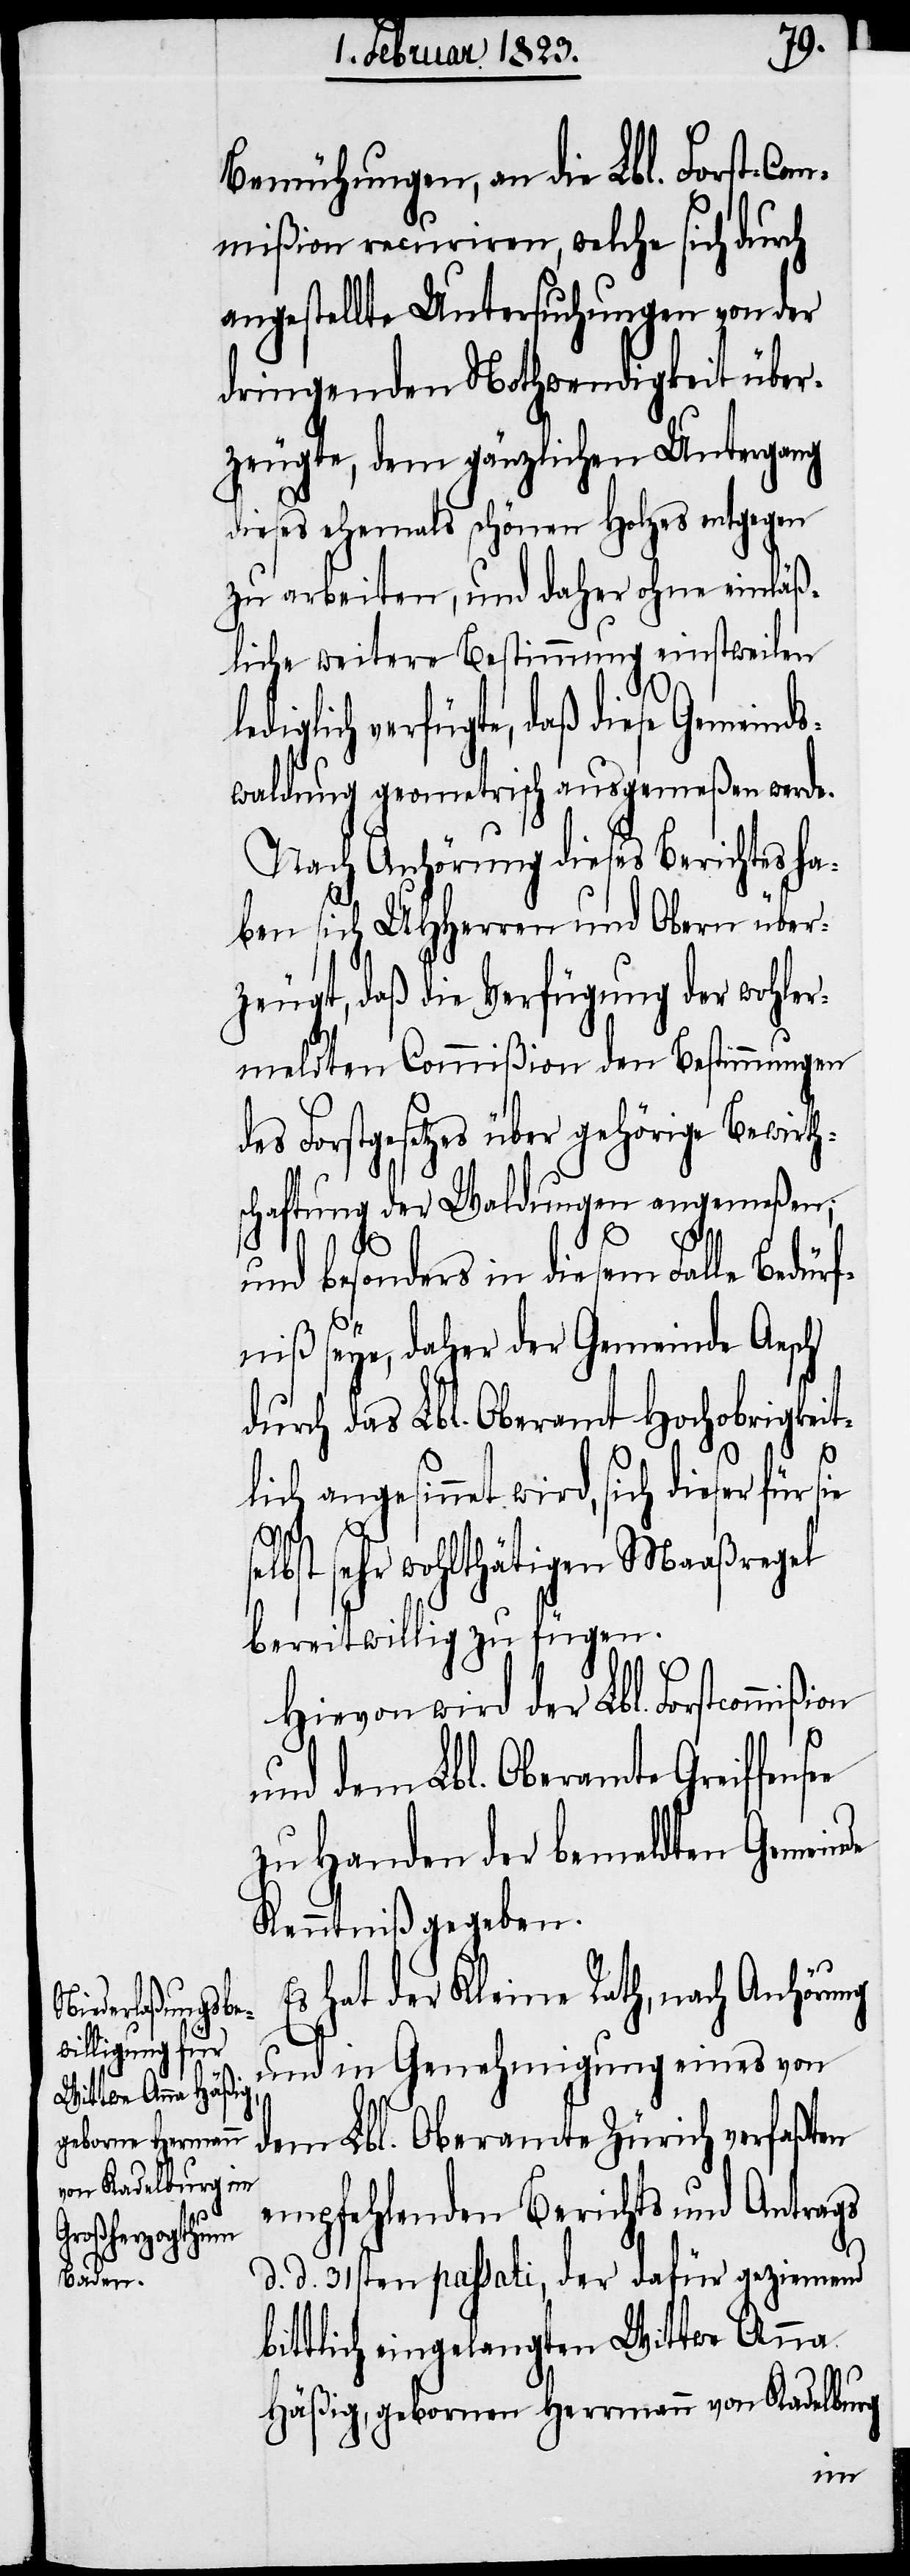
gebornen Herrmann
von Kadelburg

Bemühungen, an die Lbl. Forst-Com¬
mißion recuriren, welche sich durch
angestellte Untersuchungen von der
dringenden Nothwendigkeit über¬
zeugte, dem gänzlichen Untergang
dieses ehemals schönen Holzes entgegen
zu arbeiten, und daher ohne einläß¬
liche weitere Bestimmung einstweilen
diglich verfügte, daß diese Gemein¬
waldung geometrisch ausgemeßen werde.
Nach Anhörung dieses Berichtes ha¬
ben sich UHHerren und Obern über¬
zeugt, daß die Verfügung der wohler¬
meldten Commißion den Bestimmungen
des Forstgesetzes über gehörige Bewirth¬
schaftung der Waldungen angemeßen;
ßion
und besonders in diesem Falle Bedürf¬
niß seye, daher der Gemeinde Aesch
durch das Lbl. Oberamt Hochobrigkeit¬
lich angesinnet wird, sich dieser für s¬
ie se¬
lbst sehr wohlthätigen Maaßregel
bereitwillig zu fügen.
Hievon wird der Lbl. Forstcommi¬
und dem Lbl. Oberamte Greiffens¬
zu Handen der bemeldten Gemeinde
Kenntniß gegeben.
Es hat der Kleine Rath, nach Anhörung
und in Genehmigung eines von
dem Lbl. Oberamte Zürich verfaßten
empfehlenden Berichts und Antrags
d. d. 31sten passati, der dafür geziemend
bittlich eingelangten Wittwe Anna
ee